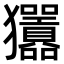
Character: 𤣣